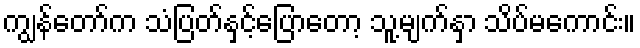
ကျွန်တော်က သံပြတ်နှင့်ပြောတော့ သူ့မျက်နှာ သိပ်မကောင်း။